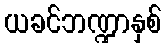
ယခင်ဘဏ္ဍာနှစ်